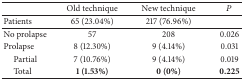
<table><thead><tr><td><b> </b></td><td><b>Old technique</b></td><td><b>New technique</b></td><td><b><i>P</i></b></td></tr></thead><tbody><tr><td>Patients</td><td>65 (23.04%)</td><td>217 (76.96%)</td><td> </td></tr><tr><td>No prolapse</td><td>57</td><td>208</td><td>0.026</td></tr><tr><td>Prolapse</td><td>8 (12.30%)</td><td>9 (4.14%)</td><td>0.031</td></tr><tr><td> Partial</td><td>7 (10.76%)</td><td>9 (4.14%)</td><td>0.019</td></tr><tr><td> Total</td><td><b>1 (1.53%)</b></td><td><b>0 (0%)</b></td><td><b>0.225</b></td></tr></tbody></table>